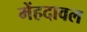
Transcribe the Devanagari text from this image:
मेंहदावल